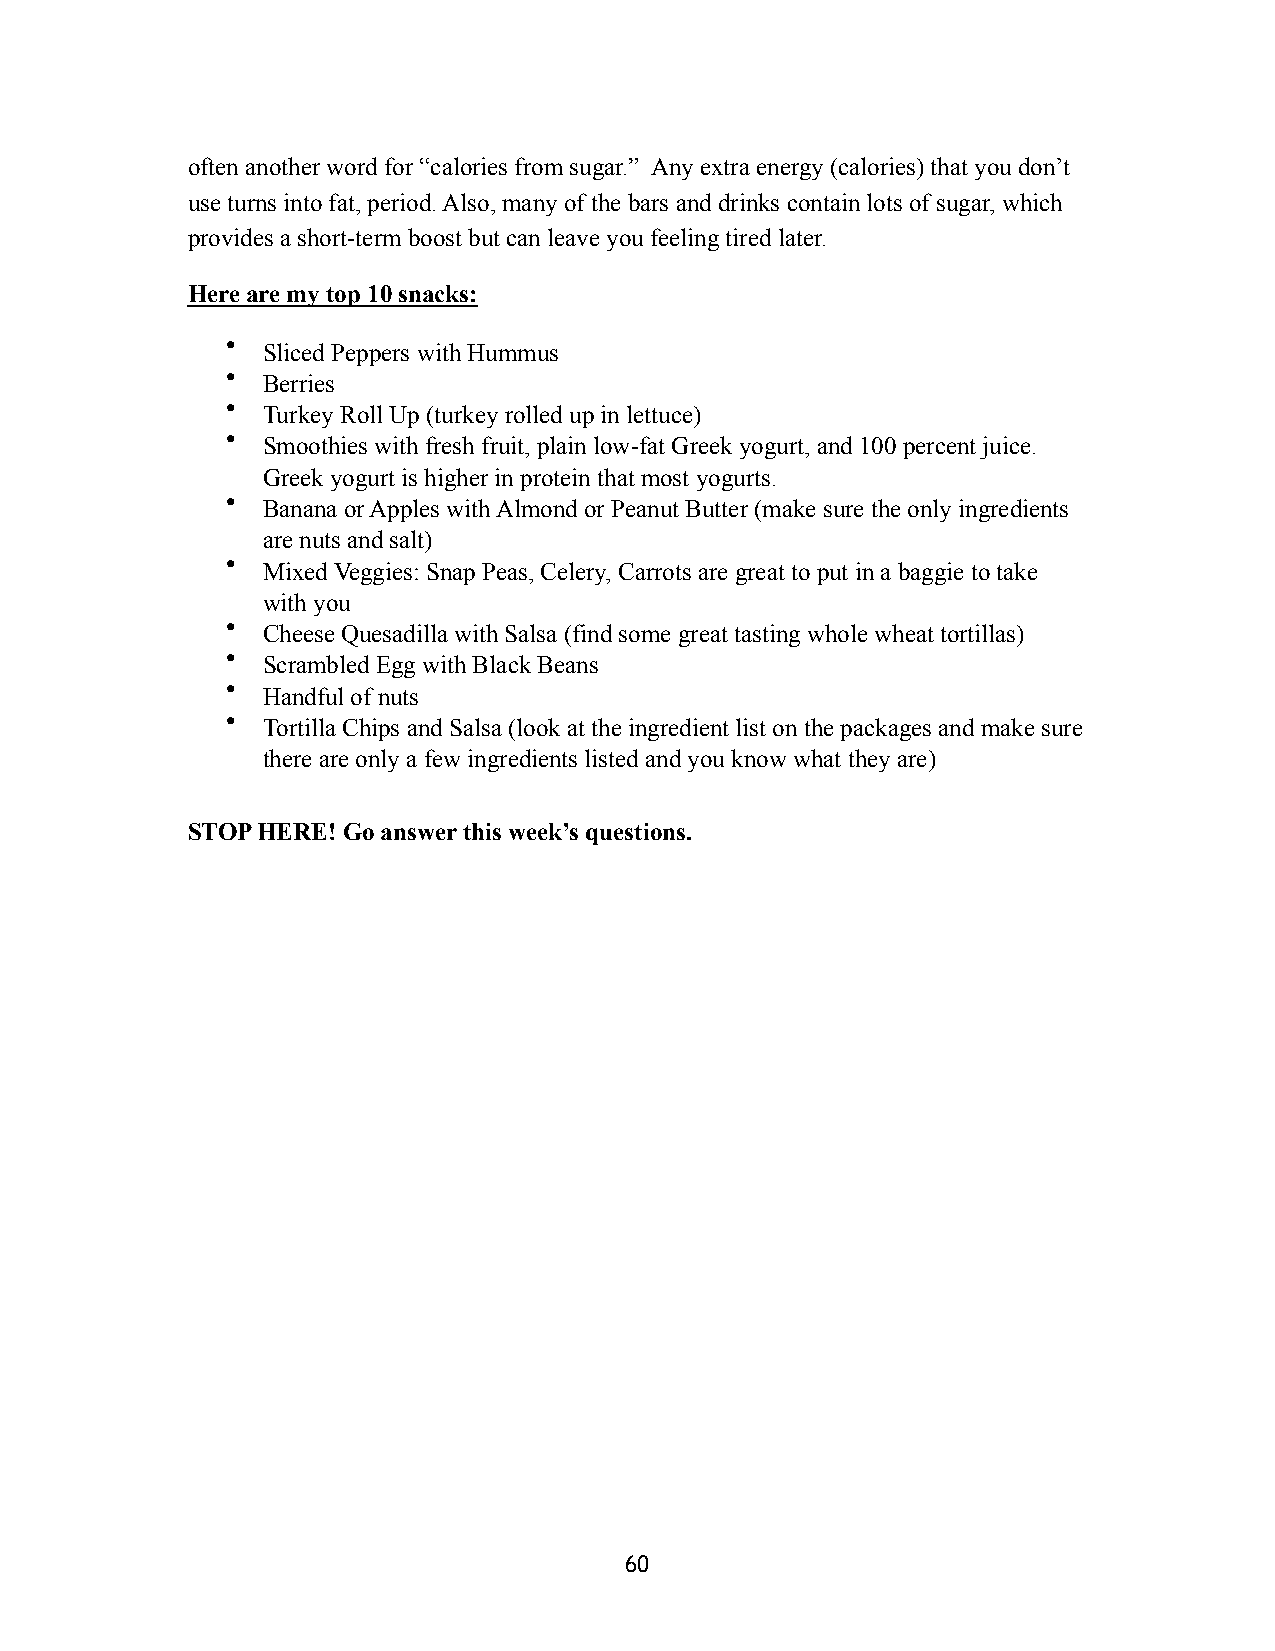
often another word for “calories from sugar.” Any extra energy (calories) that you don’t
 use turns into fat, period. Also, many of the bars and drinks contain lots of sugar, which
 provides a short-term boost but can leave you feeling tired later.
 Here are my top 10 snacks:
 • Sliced Peppers with Hummus
 • Berries
 • Turkey Roll Up (turkey rolled up in lettuce)
 • Smoothies with fresh fruit, plain low-fat Greek yogurt, and 100 percent juice.
 Greek yogurt is higher in protein that most yogurts.
 • Banana or Apples with Almond or Peanut Butter (make sure the only ingredients
 are nuts and salt)
 • Mixed Veggies: Snap Peas, Celery, Carrots are great to put in a baggie to take
 with you
 • Cheese Quesadilla with Salsa (find some great tasting whole wheat tortillas)
 • Scrambled Egg with Black Beans
 • Handful of nuts
 • Tortilla Chips and Salsa (look at the ingredient list on the packages and make sure
 there are only a few ingredients listed and you know what they are)
 STOP HERE! Go answer this week’s questions.
 60